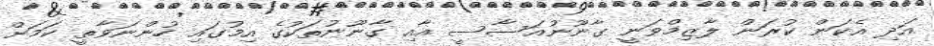
އަދި އެކަން ކުރަން ލާޒިމްވަނީ ގާނޫނުއަސާސީ އާއި ގާނޫނުތަކުގެ އިމުގައި ހުންނަވާތީ ކަމަށް